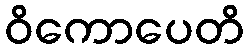
ဝိကောပေတိ